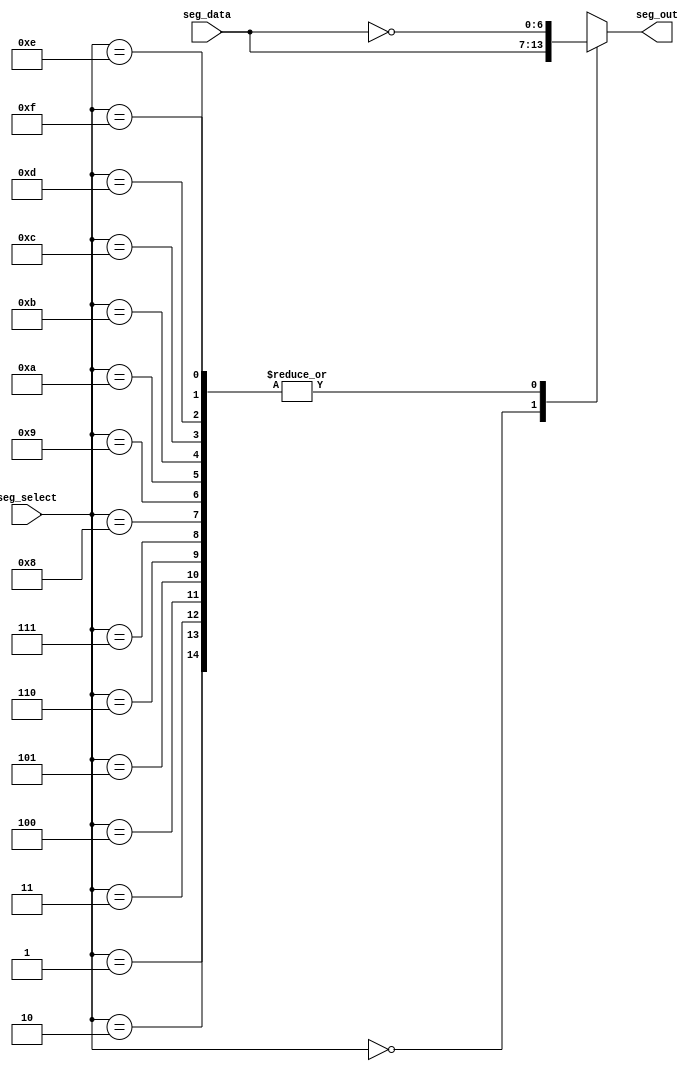
module seven_segment_driver(
    input [3:0] seg_select,
    input [6:0] seg_data,
    output reg [6:0] seg_out
    );

    always @(*) begin
        case(seg_select)
            4'b0000: seg_out = seg_data;
            4'b0001: seg_out = ~seg_data;
            4'b0010: seg_out = ~seg_data;
            4'b0011: seg_out = ~seg_data;
            4'b0100: seg_out = ~seg_data;
            4'b0101: seg_out = ~seg_data;
            4'b0110: seg_out = ~seg_data;
            4'b0111: seg_out = ~seg_data;
            4'b1000: seg_out = ~seg_data;
            4'b1001: seg_out = ~seg_data;
            4'b1010: seg_out = ~seg_data;
            4'b1011: seg_out = ~seg_data;
            4'b1100: seg_out = ~seg_data;
            4'b1101: seg_out = ~seg_data;
            4'b1110: seg_out = ~seg_data;
            4'b1111: seg_out = ~seg_data;
            default: seg_out = 7'b0000000;
        endcase
    end
endmodule